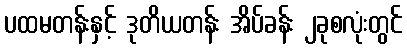
ပထမတန်းနှင့် ဒုတိယတန်း အိပ်ခန်း ၂ခုစလုံးတွင်